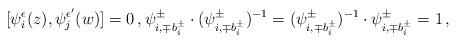
LaTeX: \begin{align*} [\psi_i^\epsilon(z),\psi_j^{\epsilon'}(w)]=0 \,, \psi^\pm_{i,\mp b^\pm_i}\cdot (\psi^\pm_{i,\mp b^\pm_i})^{-1}= (\psi^\pm_{i,\mp b^\pm_i})^{-1}\cdot \psi^\pm_{i,\mp b^\pm_i}=1 \,,\end{align*}